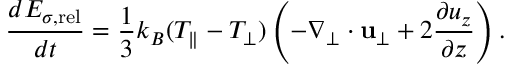
\frac { d { \cal E } _ { \sigma , \mathrm { r e l } } } { d t } = \frac { 1 } { 3 } k _ { B } ( T _ { \parallel } - T _ { \perp } ) \left( - \nabla _ { \perp } \cdot { \bf u } _ { \perp } + 2 \frac { \partial u _ { z } } { \partial z } \right) .